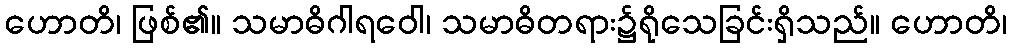
ဟောတိ၊ ဖြစ်၏။ သမာဓိဂါရဝေါ၊ သမာဓိတရား၌ရိုသေခြင်းရှိသည်။ ဟောတိ၊